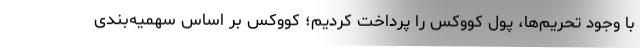
با وجود تحریم‌ها، پول کووکس را پرداخت کردیم؛ کووکس بر اساس سهمیه‌بندی